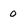
Character: o